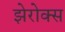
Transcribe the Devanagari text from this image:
झेरोक्स